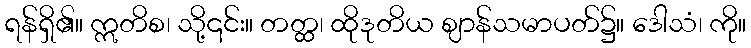
ရန်ရှိ၏။ ဣတိစ၊ သို့၎င်း။ တတ္ထ၊ ထိုဒုတိယ ဈာန်သမာပတ်၌။ ဒေါသံ၊ ကို။